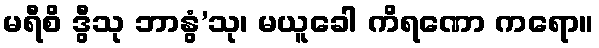
မရီစိ ဒွီသု ဘာနွံ’သု၊ မယူခေါ ကိရဏော ကရော။